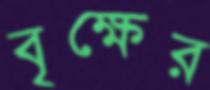
বৃক্ষের